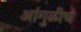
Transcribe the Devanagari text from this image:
आंगुळीचं